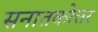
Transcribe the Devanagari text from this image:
सनातकोत्तर